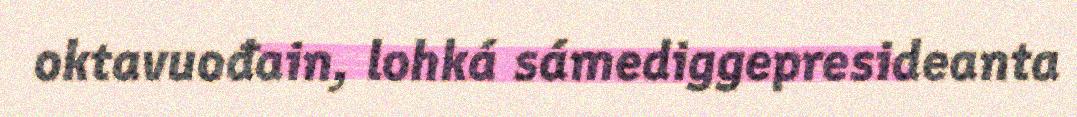
oktavuođain, lohká sámediggepresideanta